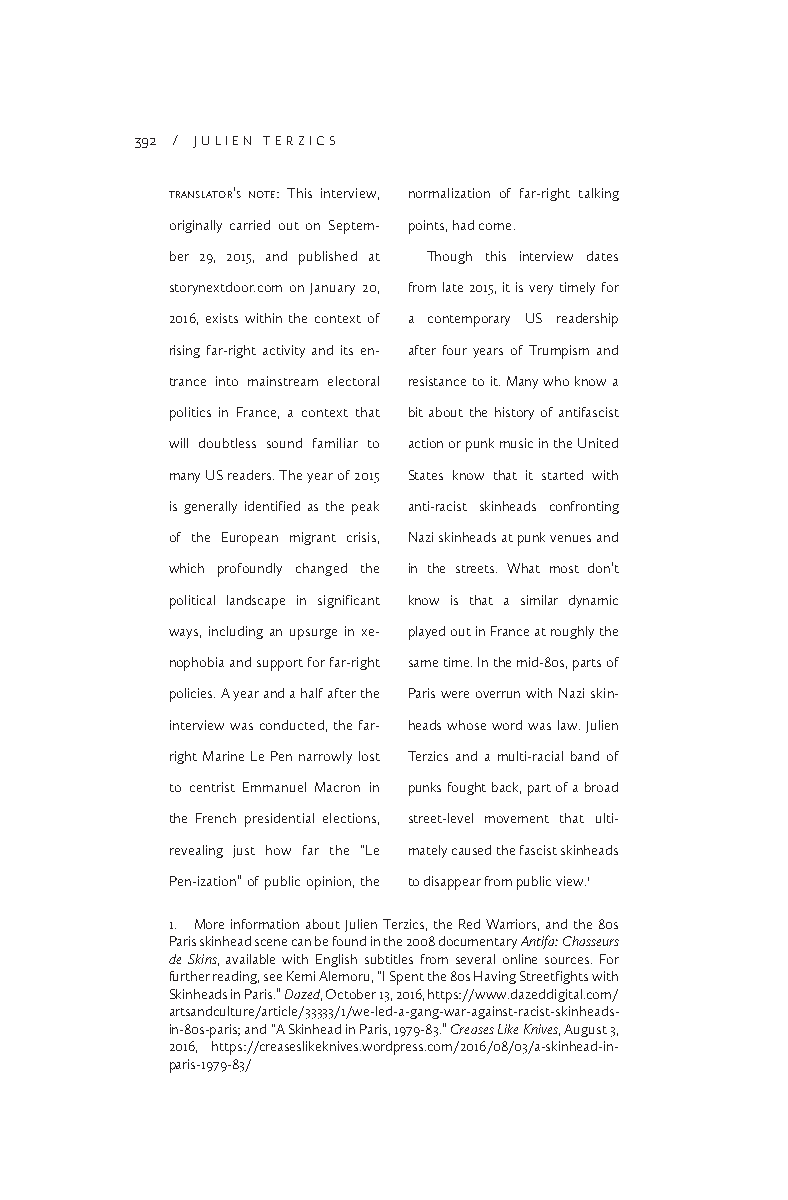
392 / JULIEN TERZICS
 translator’s note: This interview, normalization of far-right talking
 originally carried out on Septem- points, had come.
 ber 29, 2015, and published at Though this interview dates
 storynextdoor.com on January 20, from late 2015, it is very timely for
 2016, exists within the context of a contemporary US readership
 rising far-right activity and its en- after four years of Trumpism and
 trance into mainstream electoral resistance to it. Many who know a
 politics in France, a context that bit about the history of antifascist
 will doubtless sound familiar to action or punk music in the United
 many US readers. The year of 2015 States know that it started with
 is generally identified as the peak anti-racist skinheads confronting
 of the European migrant crisis, Nazi skinheads at punk venues and
 which profoundly changed the in the streets. What most don’t
 political landscape in significant know is that a similar dynamic
 ways, including an upsurge in xe- played out in France at roughly the
 nophobia and support for far-right same time. In the mid-80s, parts of
 policies. A year and a half after the Paris were overrun with Nazi skin-
 interview was conducted, the far- heads whose word was law. Julien
 right Marine Le Pen narrowly lost Terzics and a multi-racial band of
 to centrist Emmanuel Macron in punks fought back, part of a broad
 the French presidential elections, street-level movement that ulti-
 revealing just how far the “Le mately caused the fascist skinheads
 Pen-ization” of public opinion, the to disappear from public view.1
 1. More information about Julien Terzics, the Red Warriors, and the 80s
 Paris skinhead scene can be found in the 2008 documentary Antifa: Chasseurs
 de Skins, available with English subtitles from several online sources. For
 further reading, see Kemi Alemoru, “I Spent the 80s Having Streetfights with
 Skinheads in Paris.” Dazed, October 13, 2016, https://www.dazeddigital.com/
 artsandculture/article/33333/1/we-led-a-gang-war-against-racist-skinheads-
 in-80s-paris; and “A Skinhead in Paris, 1979-83.” Creases Like Knives, August 3,
 2016, https://creaseslikeknives.wordpress.com/2016/08/03/a-skinhead-in-
 paris-1979-83/